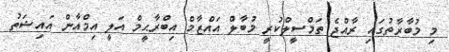
މި މުބާރާތުގައި ރާއްޖެ ތަމްސީލްކުރީ މުބާލް އައްޒާމް އިބްރާޙީމް އަލީ އިމްއާން އައިޝަތު